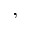
,